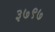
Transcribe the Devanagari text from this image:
३७९७